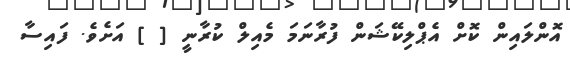
އޮންލައިން ކޮށް އެޕްލިކޭޝަން ފުރާނަމަ މެއިލް ކުރާނީ [ ] އަށެވެ. ފައިސާ